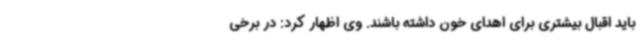
باید اقبال بیشتری برای اهدای خون داشته باشند. وی اظهار کرد: در برخی